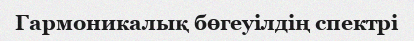
Гармоникалық бөгеуілдің спектрі